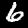
Digit: 6